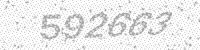
Solution: 592663